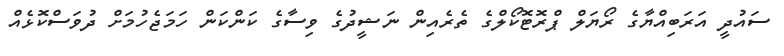
ސައުދީ އަރަބިއްޔާގެ ރޯޔަލް ޕްރޮޓޮކޯލްގެ ތެރެއިން ނަޝީދުގެ ވިސާގެ ކަންކަން ހަމަޖެހުމަށް ދުވަސްކޮޅެއް